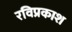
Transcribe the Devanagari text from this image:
रविप्रकाश